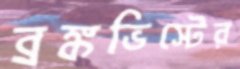
ব্রঙ্কভিস্টের